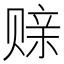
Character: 𫎪